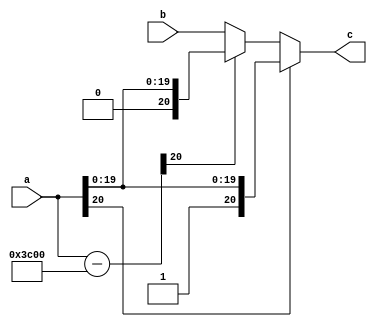
`timescale 1ns / 1ps
//////////////////////////////////////////////////////////////////////////////////
// Company: 
// Engineer: 
// 
// Design Name: 
// Module Name: muxVsel
// Project Name: 
// Target Devices: 
// Tool Versions: 
// Description: 
// 
// Dependencies: 
// 
// Revision:
// Revision 0.01 - File Created
// Additional Comments:
// 
//////////////////////////////////////////////////////////////////////////////////


module muxVsel(
    input signed [20:0] a,
    input signed [20:0] b,
    output reg signed [20:0] c
    );
    reg signed [20:0] check;
    reg signed [20:0] store;
    always @(*)
    begin
        if(a[20] == 0) begin
            store = 21'b0000_0001_1110_000_000_000;
            check = a - store;
            if(check[20] == 0) begin
                c = b;
            end
            else c = a;
        end
        else c = a;
    end
endmodule